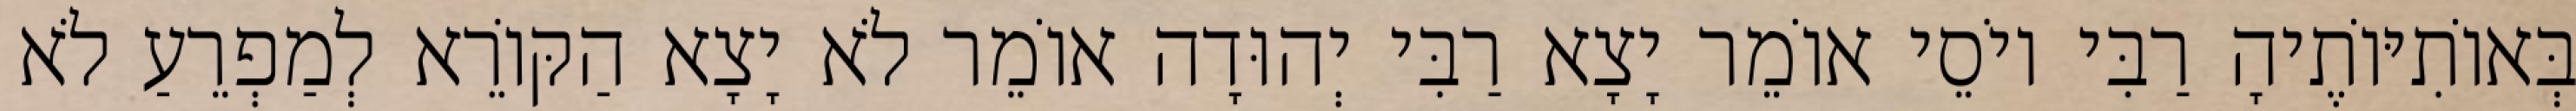
בְּאוֹתִיּוֹתֶיהָ רַבִּי יוֹסֵי אוֹמֵר יָצָא רַבִּי יְהוּדָה אוֹמֵר לֹא יָצָא הַקּוֹרֵא לְמַפְרֵעַ לֹא